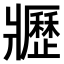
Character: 𤖢